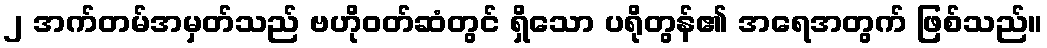
၂ အက်တမ်အမှတ်သည် ဗဟိုဝတ်ဆံတွင် ရှိသော ပရိုတွန်၏ အရေအတွက် ဖြစ်သည်။